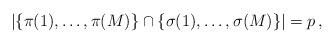
LaTeX: \begin{align*}|\{\pi(1),\ldots, \pi(M)\} \cap \{\sigma(1), \ldots, \sigma(M)\}| = p\,,\end{align*}